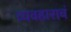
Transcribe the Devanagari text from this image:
व्यवहाराचं